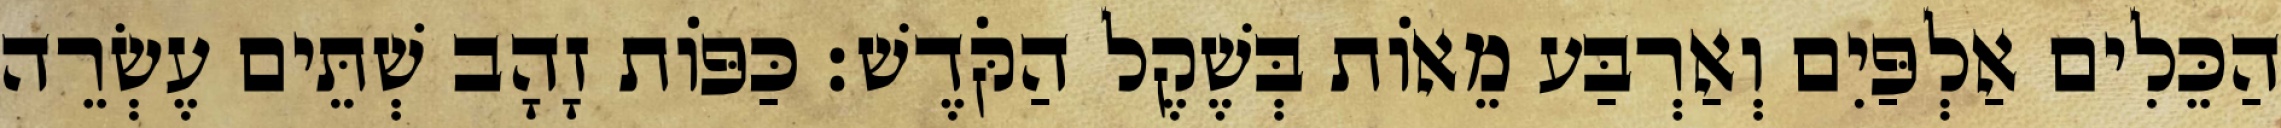
הַכֵּלִים אַלְפַּיִם וְאַרְבַּע מֵאוֹת בְּשֶׁקֶל הַקֹּדֶשׁ׃ כַּפּוֹת זָהָב שְׁתֵּים עֶשְׂרֵה